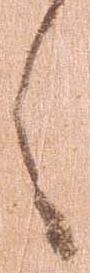
々